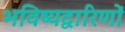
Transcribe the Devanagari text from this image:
भविष्यद्वारिणों